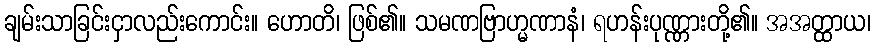
ချမ်းသာခြင်းငှာလည်းကောင်း။ ဟောတိ၊ ဖြစ်၏။ သမဏဗြာဟ္မဏာနံ၊ ရဟန်းပုဏ္ဏားတို့၏။ အအတ္ထာယ၊